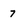
Character: 7